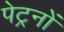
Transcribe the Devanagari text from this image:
पेट्रनों